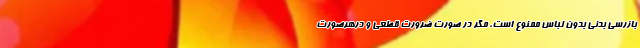
بازرسی بدنی بدون لباس ممنوع است، مگر در صورت ضرورت قطعی و درهرصورت